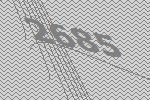
2685